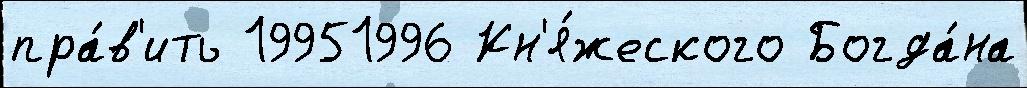
пра́в'ить 19951996 Кн'я́жеского Богда́на